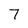
Character: 7